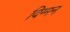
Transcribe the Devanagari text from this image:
विग्मन